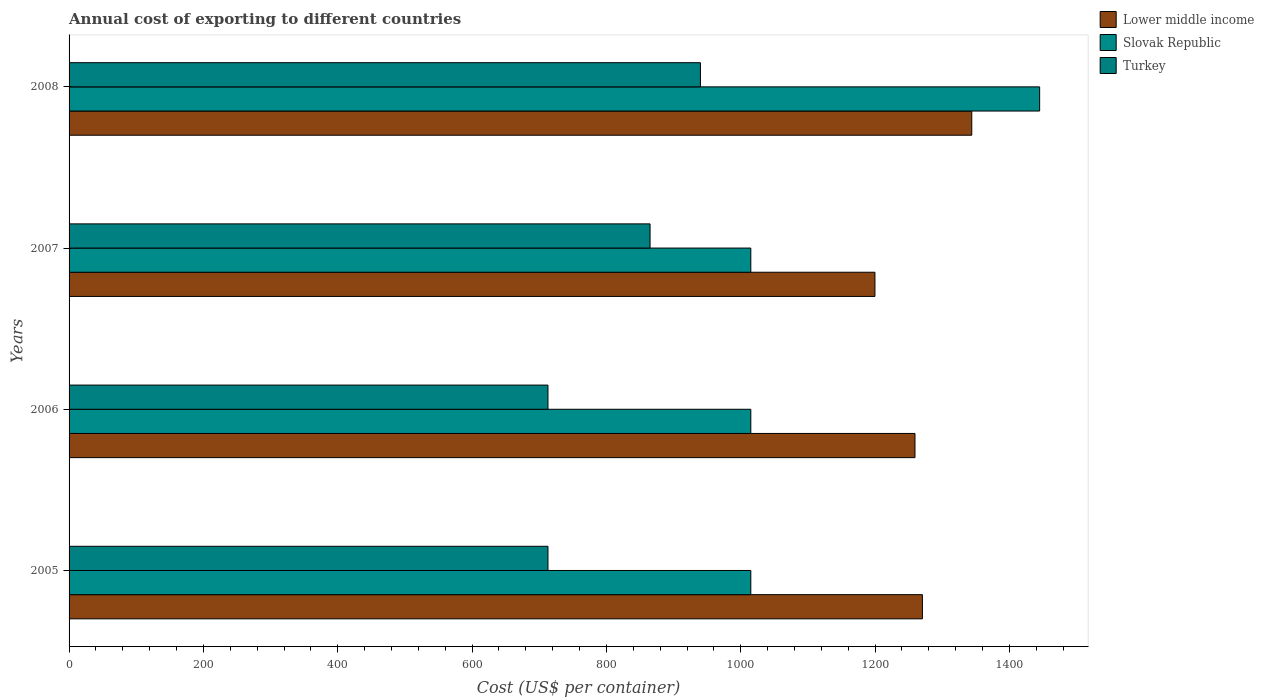
| Years | Lower middle income | Slovak Republic | Turkey |
 | --- | --- | --- | --- |
 | 2005 | 1.27e+03 | 1.02e+03 | 713 |
 | 2006 | 1.26e+03 | 1.02e+03 | 713 |
 | 2007 | 1.2e+03 | 1.02e+03 | 865 |
 | 2008 | 1.34e+03 | 1.44e+03 | 940 |